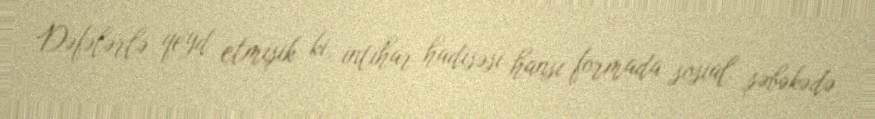
Dəfələrlə qeyd etmişik ki, intihar hadisəsi hansı formada sosial şəbəkədə,